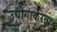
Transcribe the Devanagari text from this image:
उद्योगाकरता